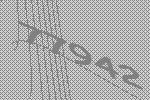
77942